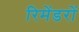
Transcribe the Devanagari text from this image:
रिमेंडरों